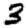
Digit: 3